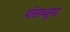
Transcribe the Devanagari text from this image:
पॉसथ्यूमा